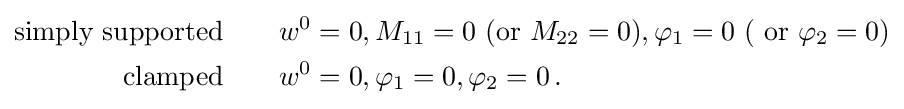
{\begin{aligned}{\text{simply supported}}\quad &\quad w^{0}=0,M_{11}=0~({\text{or}}~M_{22}=0),\varphi _{1}=0~({\text{ or }}\varphi _{2}=0)\\{\text{clamped}}\quad &\quad w^{0}=0,\varphi _{1}=0,\varphi _{2}=0\,.\end{aligned}}